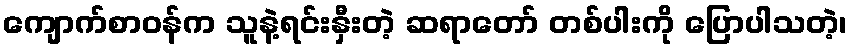
ကျောက်စာဝန်က သူနဲ့ရင်းနှီးတဲ့ ဆရာတော် တစ်ပါးကို ပြောပါသတဲ့၊